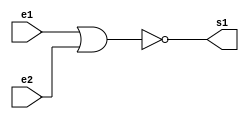
//----------------
//@autor: Rafael de Freitas Queiroz Matosinhos
//@Guia 02 - Exemplo 002
//@Matricula: 420139
//----------------

//----------------
//--- NOR GATE ---
//----------------

module norgate (s1, e1, e2);
   output s1;
   input  e1, e2;
	assign s1 = ~(e1|e2);
endmodule

//----------------
//--- AND TEST ---
//----------------

module testandgate;
reg e1, e2;
wire s1, s2, sfinal;

norgate nor1 (s1, e1, e1);
norgate nor2 (s2, e2, e2);
norgate nor3 (sfinal, s1, s2);


//--------------------------------------------
initial begin: start
 	e1 = 0;
 	e2 = 0;
end
//--------------------------------------------
//--------------------------------------------
initial begin: main
$display("Guia 02 - Exemplo 02");
      $display("AND Gate");
		$monitor("~(%b & %b) = %b", e1, e2, sfinal);
		
		#1 e1 = 0; e2 = 1;
		#1 e1 = 1; e2 = 0;
		#1 e1 = 1; e2 = 1;		
end
//--------------------------------------------	
endmodule

//---- TESTES -----
//-- Guia 02 - Exemplo 02
//-- AND Gate
//-- ~(0 & 0) = 0
//-- ~(0 & 1) = 0
//-- ~(1 & 0) = 0
//-- ~(1 & 1) = 1